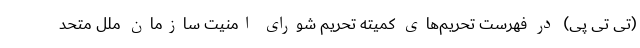
(تی تی پی) در فهرست تحریم‌های کمیته تحریم شورای امنیت سازمان ملل متحد